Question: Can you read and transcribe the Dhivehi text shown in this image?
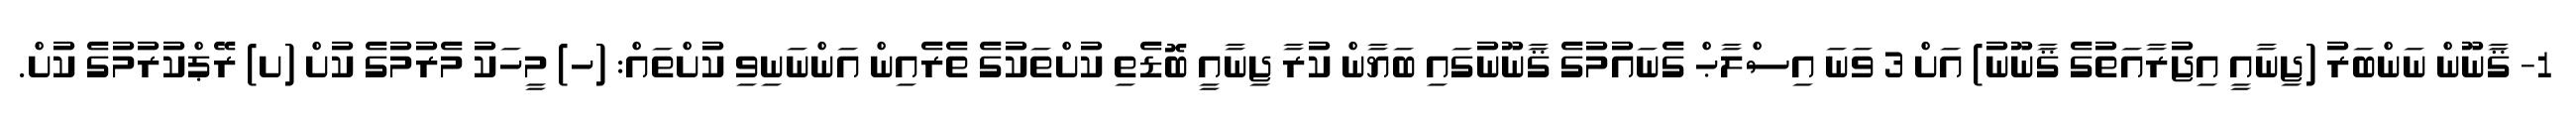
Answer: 1- ޤާނޫން ނަންބަރު (ޖިނާއީ އިޖުރާއަތުގެ ޤާނޫނު) އަށް 3 ވަނަ އިސްލާޙް ގެނައުމުގެ ޤާނޫނުގައި ބަޔާން ކުރާ ޖިނާއީ ބޮޑެތި ކުށްތަކުގެ ތެރެއިން އަންނަނިވި ކުށްތައް: (ހ) މީހަކު މެރުމުގެ ކުށް (ށ) ރޭޕްކުރުމުގެ ކުށް.